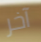
آخر